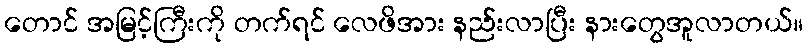
တောင် အမြင့်ကြီးကို တက်ရင် လေဖိအား နည်းလာပြီး နားတွေအူလာတယ်။